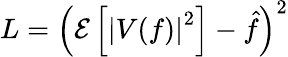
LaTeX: L=\left(\mathcal{E}\left[\left|V(f)\right|^{2}\right]-\hat{{f}}\right)^{2}